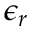
\epsilon _ { r }